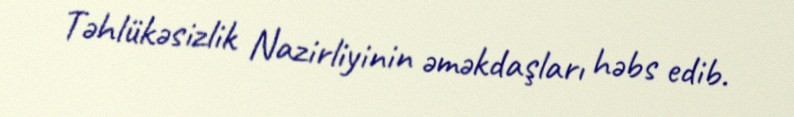
Təhlükəsizlik Nazirliyinin əməkdaşları həbs edib.